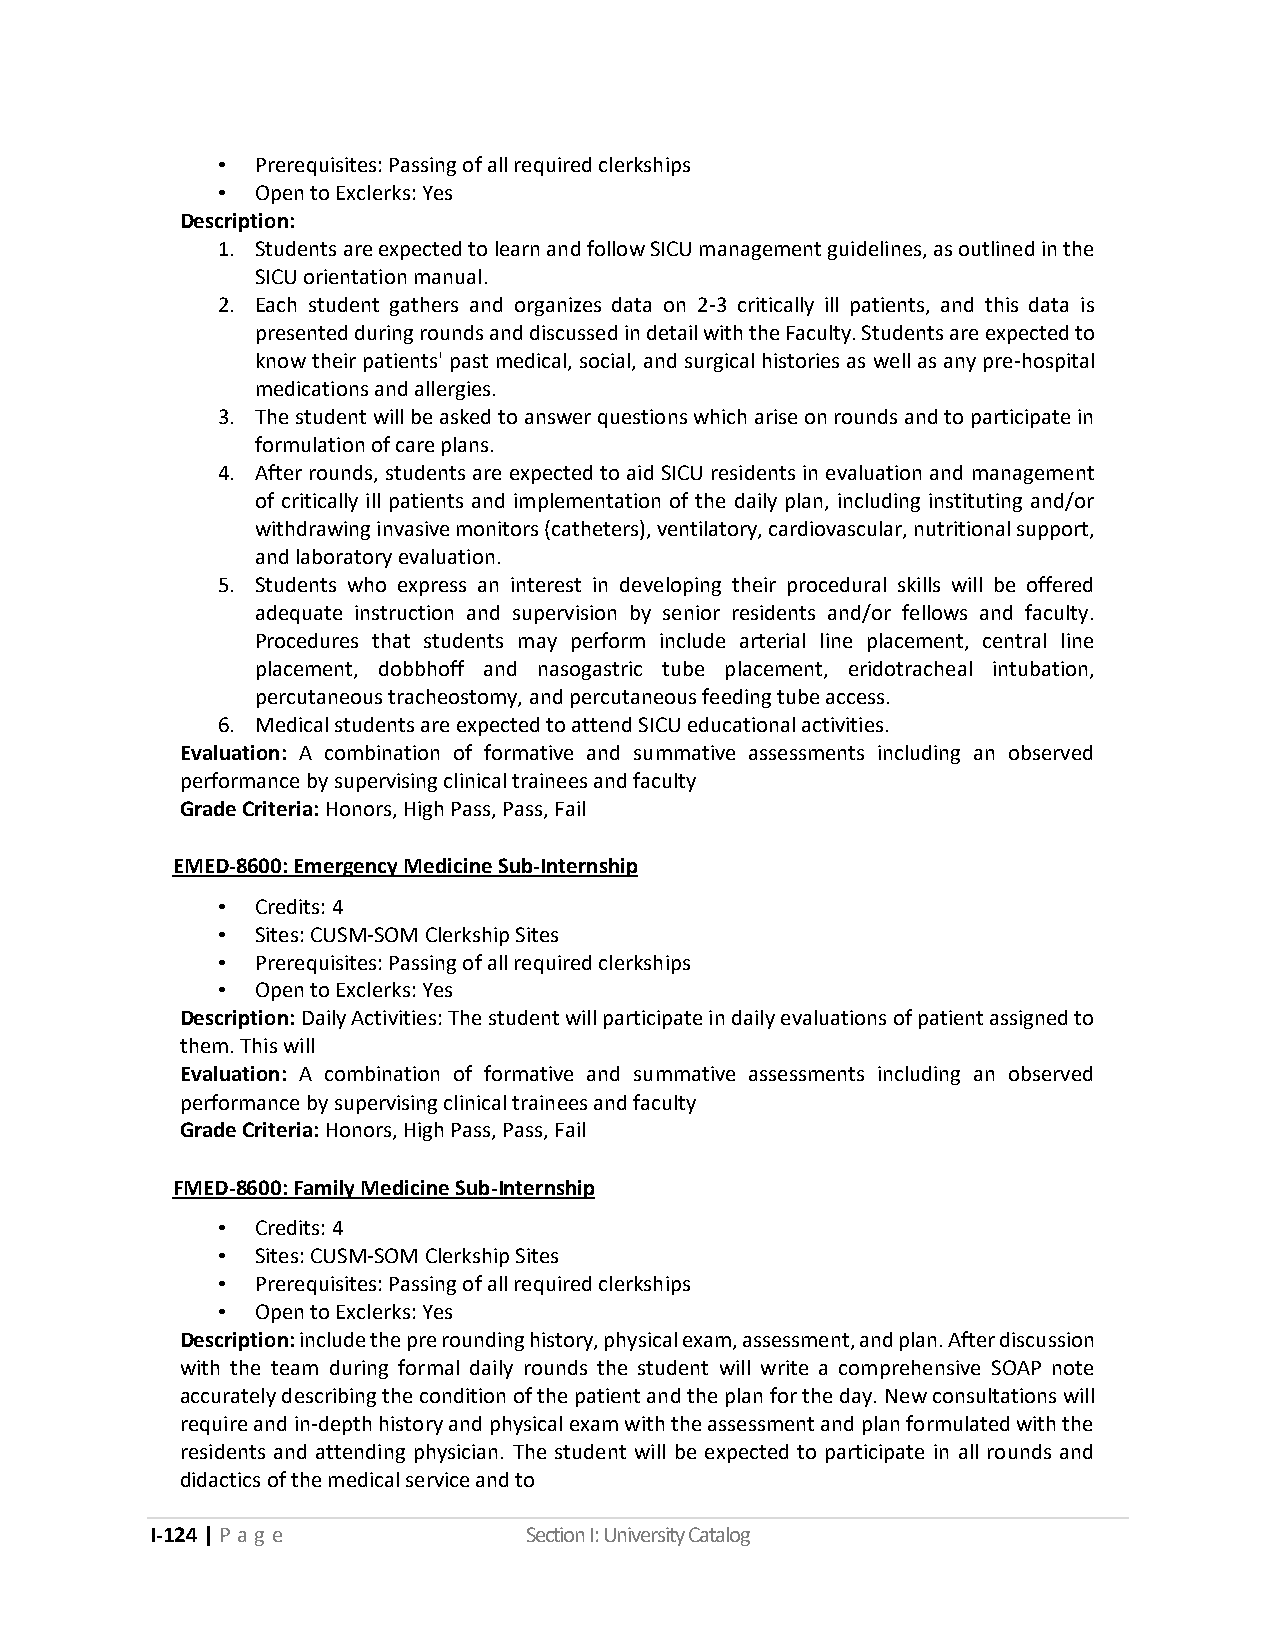
•  Prerequisites: Passing of all required clerkships
 •  Open to Exclerks: Yes
 Description:
 1. Students are expected to learn and follow SICU management guidelines, as outlined in the
 SICU orientation manual.
 2. Each student gathers and organizes data on 2-3 critically ill patients, and this data is
 presented during rounds and discussed in detail with the Faculty. Students are expected to
 know their patients' past medical, social, and surgical histories as well as any pre-hospital
 medications and allergies.
 3. The student will be asked to answer questions which arise on rounds and to participate in
 formulation of care plans.
 4. After rounds, students are expected to aid SICU residents in evaluation and management
 of critically ill patients and implementation of the daily plan, including instituting and/or
 withdrawing invasive monitors (catheters), ventilatory, cardiovascular, nutritional support,
 and laboratory evaluation.
 5. Students who express an interest in developing their procedural skills will be offered
 adequate instruction and supervision by senior residents and/or fellows and faculty.
 Procedures that students may perform include arterial line placement, central line
 placement, dobbhoff and nasogastric tube placement, eridotracheal intubation,
 percutaneous tracheostomy, and percutaneous feeding tube access.
 6. Medical students are expected to attend SICU educational activities.
 Evaluation: A combination of formative and summative assessments including an observed
 performance by supervising clinical trainees and faculty
 Grade Criteria: Honors, High Pass, Pass, Fail
 EMED-8600: Emergency Medicine Sub-Internship
 •  Credits: 4
 •  Sites: CUSM-SOM Clerkship Sites
 •  Prerequisites: Passing of all required clerkships
 •  Open to Exclerks: Yes
 Description: Daily Activities: The student will participate in daily evaluations of patient assigned to
 them. This will
 Evaluation: A combination of formative and summative assessments including an observed
 performance by supervising clinical trainees and faculty
 Grade Criteria: Honors, High Pass, Pass, Fail
 FMED-8600: Family Medicine Sub-Internship
 •  Credits: 4
 •  Sites: CUSM-SOM Clerkship Sites
 •  Prerequisites: Passing of all required clerkships
 •  Open to Exclerks: Yes
 Description: include the pre rounding history, physical exam, assessment, and plan. After discussion
 with the team during formal daily rounds the student will write a comprehensive SOAP note
 accurately describing the condition of the patient and the plan for the day. New consultations will
 require and in-depth history and physical exam with the assessment and plan formulated with the
 residents and attending physician. The student will be expected to participate in all rounds and
 didactics of the medical service and to
 I-124 | P a g e          Section I: University Catalog